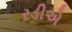
રડીએ